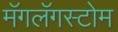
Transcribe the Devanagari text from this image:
मॅगलॅगस्टोम